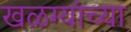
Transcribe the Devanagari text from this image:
खळग्यांच्या